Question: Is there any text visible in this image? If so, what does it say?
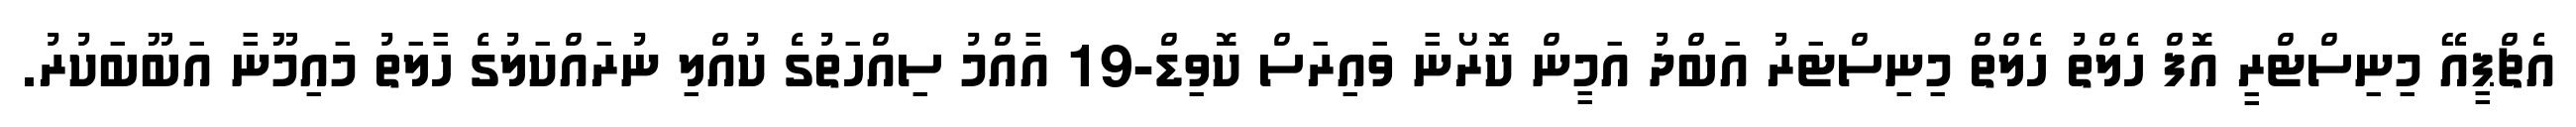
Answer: އެޗްޕީއޭ މިނިސްޓްރީ އޮފް ހެލްތު ހެލްތް މިނިސްޓަރު އަބްދު އަމީން ކޮރޯނާ ވައިރަސް ކޮވިޑް-19 އާއްމު ސިއްހަތުގެ ކުއްލި ނުރައްކަލުގެ ހާލަތު މައިމޫނާ އަބޫބަކުރު.